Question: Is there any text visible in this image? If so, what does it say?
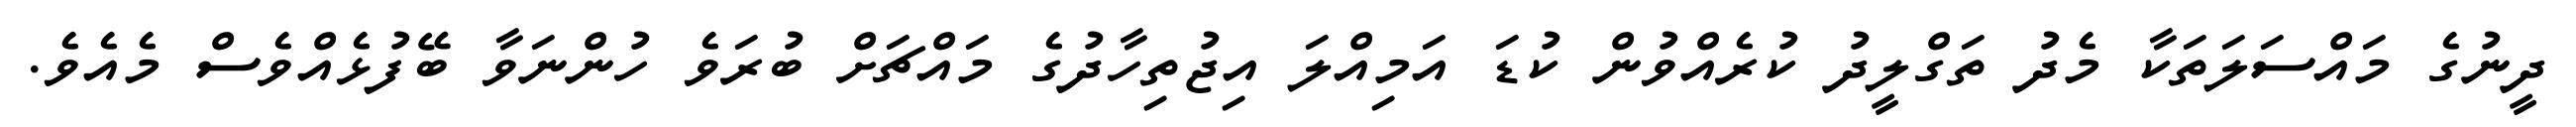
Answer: ދީނުގެ މައްސަލަތަކާ މެދު ތަގްލީދު ކުރެއްވުން ކުޑަ އަމިއްލަ އިޖުތިހާދުގެ މައްޗަށް ބުރަވެ ހުންނަވާ ބޭފުޅެއްވެސް މެއެވެ.